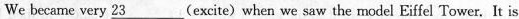
We became very ___23excite) when we saw the model Eiffel Tower. It is